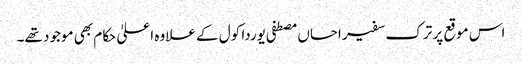
اس موقع پر ترک سفیر احساں مصطفی یوردا کول کے علاوہ اعلیٰ حکام بھی موجود تھے۔